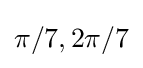
\pi /7,2\pi /7